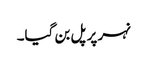
نہر پر پل بن گیا۔